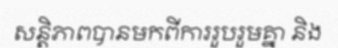
សន្តិភាពបានមកពីការរួបរួមគ្នា និង